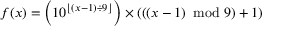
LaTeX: f ( x ) = \left( 1 0 ^ { \lfloor \left( x - 1 \right) \div 9 \rfloor } \right) \times \left( \left( \left( x - 1 \right) \ \mathrm { m o d } \ 9 \right) + 1 \right)